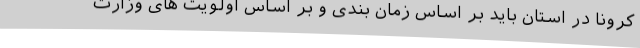
کرونا در استان باید بر اساس زمان بندی و بر اساس اولویت های وزارت